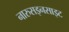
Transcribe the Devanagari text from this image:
नारुसइनसाइट